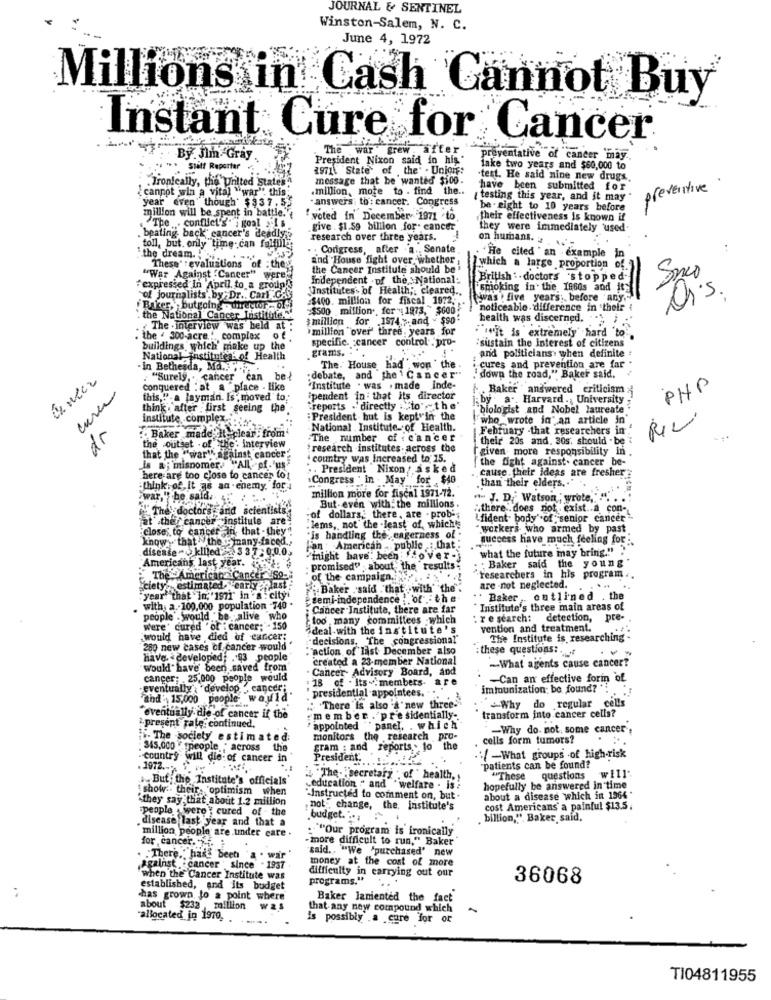
JOURNAL & SENTINEL
Winston-Salem, N. C.
June 4, 1972
Millions in Cash Cannot Buy
Instant Cure for Cancer
The
war grew arter
By Jlm -Gray
President Nixon said in his"
preventative of cancer 'may.
Staff Reporter
1971\ State of the" . Union:
take two years and $60,000 to
message that be wanted $100.
test. He said nine new drugs
{cannot win a vital "war" this
.Ironically, the United States
million, mote to . find the ..
have been submitted for
preventive
year even though' $ $37.52
"answers; th : cancer. Congress
testing this year, and it may
million will be spent in battle.'
be - eight to 10 years before
The . conflict's" ; goal 2 1 s
"voted in December- 1971 to
their effectiveness is known if
. beating. back cancer's deadly ;?
give . $1.59 billion for. cancer
they were immediately 'used.
research over three years.
on humans.
toll, but. only time-can falfilly
. . Congress, after . a ., Senate
"the dream. ,
and House fight over whether,
He cited ' an example in
These" : evaluations of :the
the Cancer Institute should be
which a large proportion
"War Against " Cancer" were
Independent . of the National:
British :. doctors stopped
expressed In April, to a group's
UInstitutes of Health ;, cleared ..
"smoking in the 1960s and its
of journalists', by;Dr .. Carl GRY
=$400. million for fiscal 1972.
(was : five years: before any .-
Dr.s.
.Baker, butgoing . director- off)
$500 million ., for"; 1973," $600
noticeable. difference in their i
the National Cancer Institute.
$million for 1974 ;. and ~ $90
health was discerned.
The - interview was held at :
million "over' three. years for
. "it is extremely hard to".
. the . 300-acre ... complex of
specific. cancer control .pro-
buildings, which' make up the
grams.
sustain the Interest of citizens
and politicians. when definite
National institute of Health
in Bethesda, Ma ......
The. House had won ' the
cures and prevention are far
. "Surely ,. cancer can be?
:debate, and the' Cancer"
'down the road," Baker said.
cure
Conquered : at a "place - like
"Institute . was . made Inde-
. Baker " answered criticism
PHP
this,"- a layman. Is" moved to;
ipendent in: that its director
by a", Harvard . , University
think . after : first seeing the
"reports .'directly : "to"the
"biologist and Nobel laureate
institute complex.'
President but is kept"in the
who wrote in" an article in
dr
National . Institute of Health.
February -that researchers in
Baker made it clear: from
-The number of cancer
their 20s and. 30s. should . be
the outset - of the: interview
:research institutes. across the
given more responsibility in.
that the "war" against cancer"
country was Increased to 15.
the fight against. cancer be-
is a; misnomer. ""All pf."us"
. President Nixon, asked
cause. their ideas are fresher :
here are too close to cancer to!
.Congress ' in . May for $40
than their elders .. " .
:think of It as an enemy, for
million more for fiscal 1971-72.
war," he said. 4.' 7:
"- J. D. Watson " wrote," .. . .
The doctors and scientists,
But-even with the millions .
.there . does not exist .. a con-
Fat ther cancer institute are
"of dollars; there, are - prob's
Hfident. body'of senior cancer'
:close; to cancer, in that - they
. lems, not' the -least of, whicht
workers who armed by past
know that the " inany-faced ..
"is handling the eagerness of
success have much feeling for :
disease - killed 337:0.0.0.
Fan American public : that:
what the future may bring.""
Americans last year.
"might have' been over -
Baker said the young
promised" , about the results
The American Cancer So-
of the campaign ..
researchers in his program ..
"ciety, estimated. early last
Baker . said . that with' the"
are -not neglected.
"year: that "in, '1sm!" in a city
gemi-independence ! of the
" Baker , outlined . the
with, a .- 100,000 population 740
Cancer Institute, there are far
* Institute's three main areas of
people . would be alive who
too many committees which
: r e search:
detection,
pre-
were' cured ' of : cancer; - 150
deal with the institute's
vention and treatment.
would have died of cancer;
decisions, The congressional
The Institute is researching
280 new cases of cancer would
"action of last December also
these questions: .
Have developed; . 93 people
created a 23-member National
-What agents cause cancer?
wouldl" have been saved from
Cancer Advisory Board, and
cancer: . 25,000 people would
: 18 of . Its ~. members.
-Can an effective forin of
eventually : "develop " cancer;
presidential appointees."
immunization: be found? "
thd' 15,000 people-
. There is also a new three-
Why do regular cells
eventually. die of cancer if the
:member .'presidentially-
transform into cancer cells?
present rate. continued.
appointed " panel. . which
-Why do not, some cancer ,
Fi- The society estimated:
monitors the research pro-
cells form tumors?
345,000 " people " across
the
gram : and reports. to the
-country will die of cancer in
President.
.: / -What groups .of high-risk
1972.
patients can be found?
But ; the Institute's officials
" The- "secretary . of " health, ,
"These questions will"
show .. their. 'optimism
when
education " and "welfare . is :
hopefully be answered in time
"they say that about 1.2 million
-Instructed to comment on, but.
about a disease which in 1964 *
people " were ; cured of - the
not change, the, institute's
cost Americans' a painful $13.5.
disease last year and that a
.budget." ...
billion," Baker said,
million people are under care .
:"Our program is ironically
for cancer.
-more difficult to run," Baker
"said ., "We 'purchased' new
.There," hare been a
. war
money at the cost of more
against cancer " since . 1937
difficulty in carrying out our
when the Cancer Institute was
programs."
36068
established, and its budget
:
chas grown, to a point where
Baker Janiented the fact
about $232 , million wa
that any new compound which
"allocated in 1970,
is possibly'.a cure for or
TI04811955